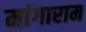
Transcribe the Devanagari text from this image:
मांगाराम